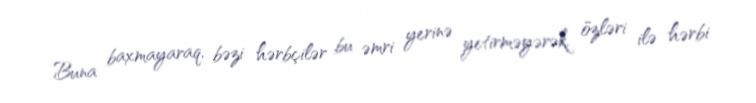
Buna baxmayaraq, bəzi hərbçilər bu əmri yerinə yetirməyərək, özləri ilə hərbi